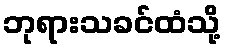
ဘုရားသခင်ထံသို့